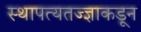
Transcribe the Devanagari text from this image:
स्थापत्यतज्‍ज्ञाकडून